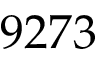
9 2 7 3